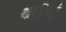
થઈએ